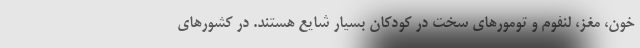
خون، مغز، لنفوم و تومورهای سخت در کودکان بسیار شایع هستند. در کشورهای